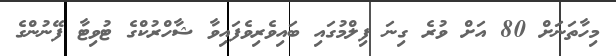
މިހާތަނަށް 80 އަށް ވުރެ ގިނަ ފިލްމުގައި ބައިވެރިވެފައިވާ ޝާހްރުކްގެ ޓުވިޓާ ފޭނުންގެ